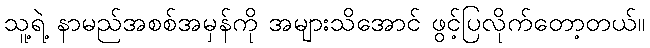
သူ့ရဲ့ နာမည်အစစ်အမှန်ကို အများသိအောင် ဖွင့်ပြလိုက်တော့တယ်။